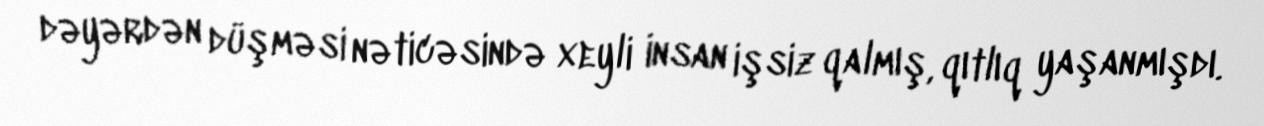
dəyərdən düşməsi nəticəsində xeyli insan işsiz qalmış, qıtlıq yaşanmışdı.